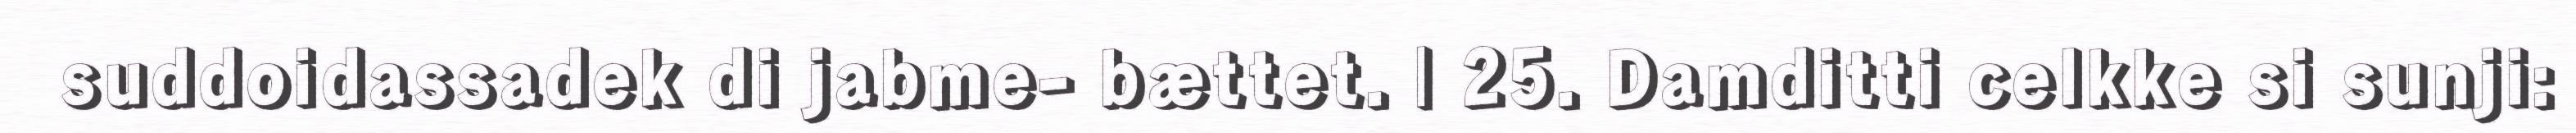
suddoidassadek di jabme- bættet. | 25. Damditti celkke si sunji: